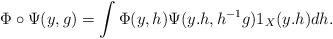
LaTeX: \begin{align*} \Phi \circ \Psi(y,g)= \int \Phi (y,h)\Psi (y.h,h^{-1}g)1_{X}(y.h)dh. \end{align*}